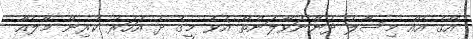
އޭގެ އެއް މިސާލު ދަންނަވާލަންތޯ އެވެ މީގެ ދެ އަހަރު ކުރިން މާލެއާ